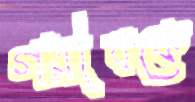
গরীবকে